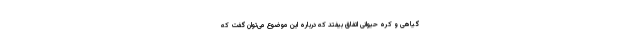
گیاهی و کره حیوانی اتفاق بیفتد که درباره این موضوع می‌توان گفت که